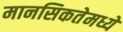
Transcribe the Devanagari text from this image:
मानसिकतेमध्ये